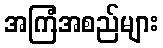
အကြံအစည်များ